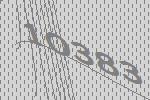
10383